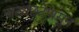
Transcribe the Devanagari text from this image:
नाट्यछटेपासून